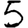
Digit: 5